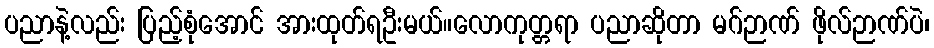
ပညာနဲ့လည်း ပြည့်စုံအောင် အားထုတ်ရဦးမယ်။လောကုတ္တရာ ပညာဆိုတာ မဂ်ဉာဏ် ဖိုလ်ဉာဏ်ပဲ၊